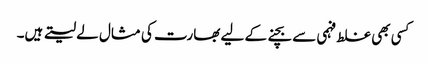
کسی بھی غلط فہمی سے بچنے کے لیے بھارت کی مثال لے لیتے ہیں۔